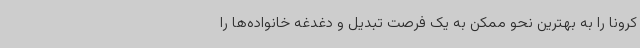
کرونا را به بهترین نحو ممکن به یک فرصت تبدیل و دغدغه خانواده‌ها را